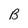
Character: B